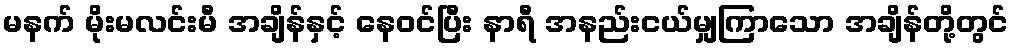
မနက် မိုးမလင်းမီ အချိန်နှင့် နေဝင်ပြီး နာရီ အနည်းငယ်မျှကြာသော အချိန်တို့တွင်